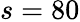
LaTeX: s=80